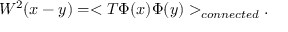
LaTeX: W ^ { 2 } ( x - y ) = < T \Phi ( x ) \Phi ( y ) > _ { c o n n e c t e d } .